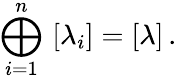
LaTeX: \bigoplus_{i=1}^{n}\, \, [\lambda_{i}]=[\lambda]\, .